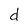
Character: d